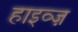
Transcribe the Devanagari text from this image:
हाइव्ज़